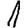
Digit: 1